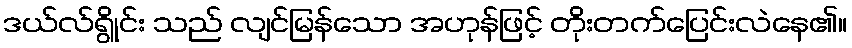
ဒယ်လ်ရွိုင်း သည် လျင်မြန်သော အဟုန်ဖြင့် တိုးတက်ပြေင်းလဲနေ၏။